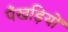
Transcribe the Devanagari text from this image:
पँखड़ियों